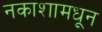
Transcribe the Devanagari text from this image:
नकाशामधून